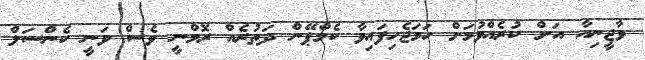
ވާޖީނިއާ އަށް ކުރެއްވުމަށް ހަމަޖެހިފައިވާ ކެމްޕޭން ދަތުރެއް ރޮމްނީ ވެސް ވަނީ ކެންސަލް